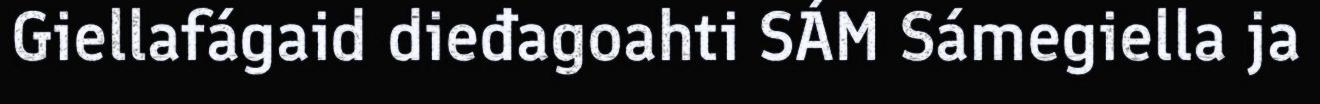
Giellafágaid dieđagoahti SÁM Sámegiella ja